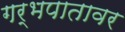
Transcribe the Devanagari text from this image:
गर्भपातावर